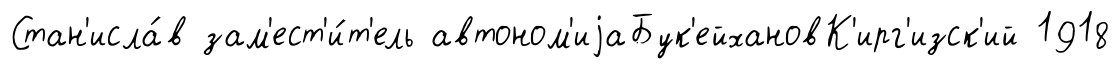
Стан'исла́в зам'ест'и́т'ель автоном'иjаБук'ейхановК'ирг'изск'ий 1918